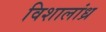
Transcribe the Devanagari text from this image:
विशालांध्र